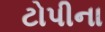
ટોપીના